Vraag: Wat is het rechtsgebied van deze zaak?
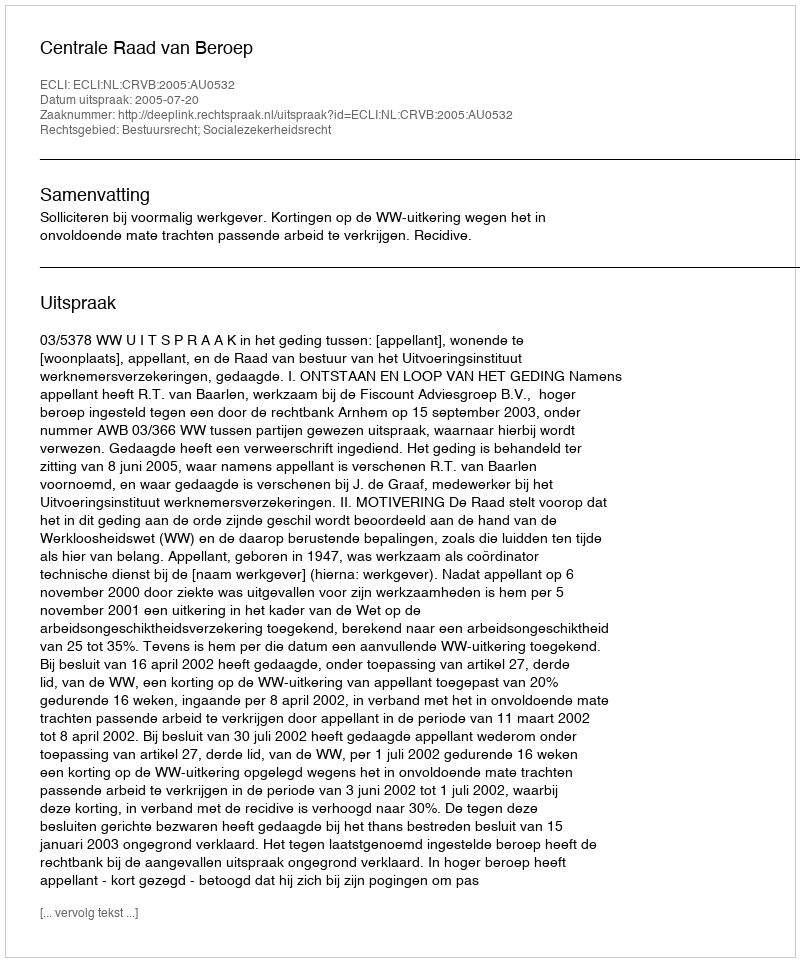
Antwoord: Bestuursrecht; Socialezekerheidsrecht